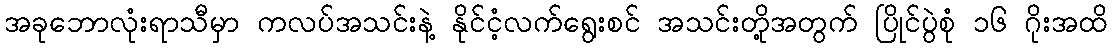
အခုဘောလုံးရာသီမှာ ကလပ်အသင်းနဲ့ နိုင်ငံ့လက်ရွေးစင် အသင်းတို့အတွက် ပြိုင်ပွဲစုံ ၁၆ ဂိုးအထိ